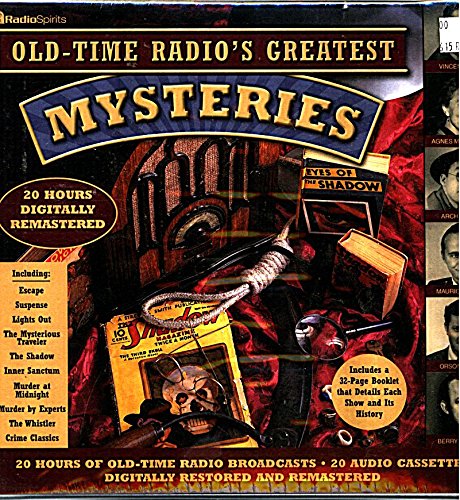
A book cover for Old Time Radio's Greatest Mystery Shows (20-Hour Collections); Radio Spirits; Humor & Entertainment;